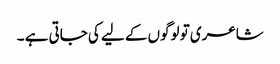
شاعری تو لوگوں کے لیے کی جاتی ہے ۔